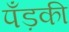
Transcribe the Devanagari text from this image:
पँड़की